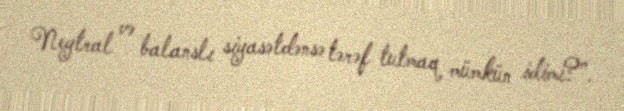
Neytral və balanslı siyasətdənsə tərəf tutmaq mümkün idimi?”.